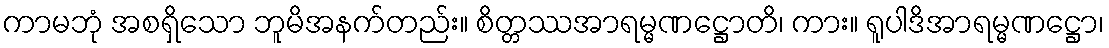
ကာမဘုံ အစရှိသော ဘူမိအနက်တည်း။ စိတ္တဿအာရမ္မဏဋ္ဌောတိ၊ ကား။ ရူပါဒိအာရမ္မဏဋ္ဌော၊